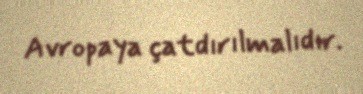
Avropaya çatdırılmalıdır.